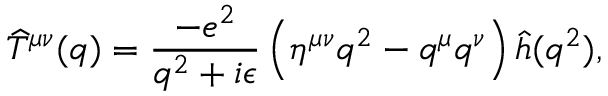
\widehat T ^ { \mu \nu } ( q ) = { \frac { - e ^ { 2 } } { q ^ { 2 } + i \epsilon } } \left( \eta ^ { \mu \nu } q ^ { 2 } - q ^ { \mu } q ^ { \nu } \right) \hat { h } ( q ^ { 2 } ) ,